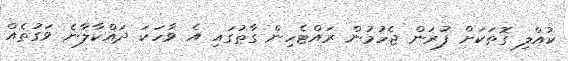
ކުއްލި ގޮތަކަށް ފުރަން ޖެހުމުން ރައްޓެހިން ގާތުގައި އެ ވާހަކަ ދައްކާލާނެ ވަގުތެއް